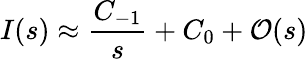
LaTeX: I(s)\approx\frac{C_{-1}}{s}+C_{0}+\mathcal{O}(s)